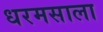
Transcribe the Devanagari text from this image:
धरमसाला